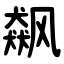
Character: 飙